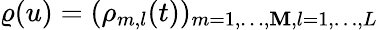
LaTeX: \varrho(u)=(\rho_{m,l}(t))_{m=1,\ldots,\mathbf{M},l=1,\ldots,L}